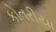
કોતરીયા